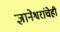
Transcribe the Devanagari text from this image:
ज्ञानेश्वरांचेही